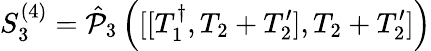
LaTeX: S_{3}^{(4)}=\hat{\mathcal{P}}_{3}\left([[T_{1}^{\dagger},T_{2}+T_{2}^{\prime}],T_{2}+T_{2}^{\prime}]\right)